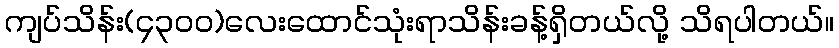
ကျပ်သိန်း(၄၃၀၀)လေးထောင်သုံးရာသိန်းခန့်ရှိတယ်လို့ သိရပါတယ်။